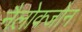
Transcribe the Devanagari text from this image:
नैलोक्जोन